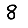
Digit: 8